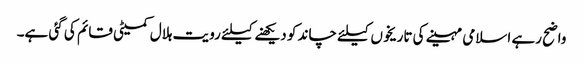
واضح رہے اسلامی مہینے کی تاریخوں کیلئے چاند کو دیکھنے کیلئے رویت ہلال کمیٹی قائم کی گئی ہے۔